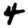
Digit: 4